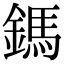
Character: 鎷